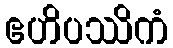
ဧဟိပဿိကံ